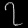
Digit: ၇